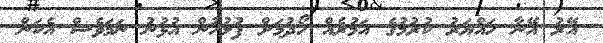
އޭރު އޭނާ ހައްޔަރު ކުރުމުގެ އަމުރެއް ހޯދުމަށް ފުލުހުން އުޅުނު ނަމަވެސް އެކަން